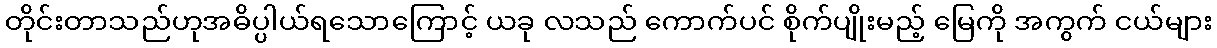
တိုင်းတာသည်ဟုအဓိပ္ပါယ်ရသောကြောင့် ယခု လသည် ကောက်ပင် စိုက်ပျိုးမည့် မြေကို အကွက် ငယ်များ